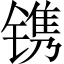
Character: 镌